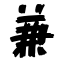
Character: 兼